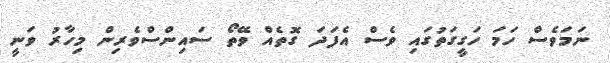
ނަމަވެސް ހަމަ ހަގީގަތުގައި ވެސް އެފަދަ ގޮތެއް ވޭތޯ ސައިންސްވެރިން މިހާރު ވަނީ